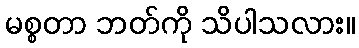
မစ္စတာ ဘတ်ကို သိပါသလား။